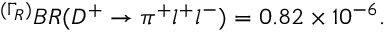
^ { ( \Gamma _ { R } ) } B R ( D ^ { + } \to \pi ^ { + } l ^ { + } l ^ { - } ) = 0 . 8 2 \times 1 0 ^ { - 6 } .